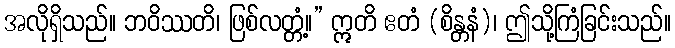
အလိုရှိသည်။ ဘဝိဿတိ၊ ဖြစ်လတ္တံ့။” ဣတိ ဧတံ (စိန္တနံ)၊ ဤသို့ကြံခြင်းသည်။